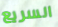
السريع